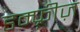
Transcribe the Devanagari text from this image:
डम्फ़्रीज़